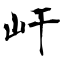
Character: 屽